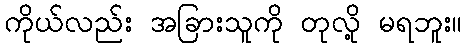
ကိုယ်လည်း အခြားသူကို တုလို့ မရဘူး။